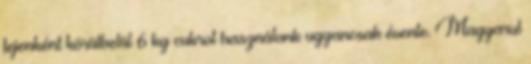
fejenként körülbelül 6 kg cukrot használunk ugyancsak évente. Magyarul